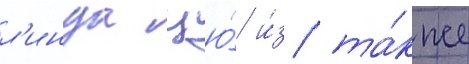
л'инда цю́ и́з та́кже